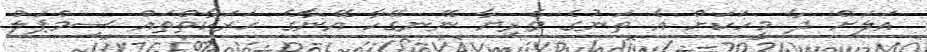
އަލަށް ދާ މީހަކަށް އެ ތަނުގެ ވެރިޔާ ނޭނގޭހާ އޭނާގެ ހަރަކާތްތައް ސިމްޕަލް